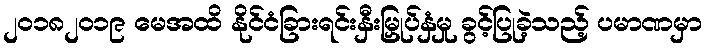
၂၀၁၈၂၀၁၉ မေအထိ နိုင်ငံခြားရင်းနှီးမြှုပ်နှံမှု ခွင့်ပြုခဲ့သည့် ပမာဏမှာ